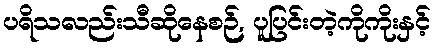
ပရိသလည်းသီဆိုနေစဉ်, ပူပြင်းတဲ့ကိုကိုးနှင့်